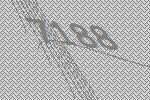
7188